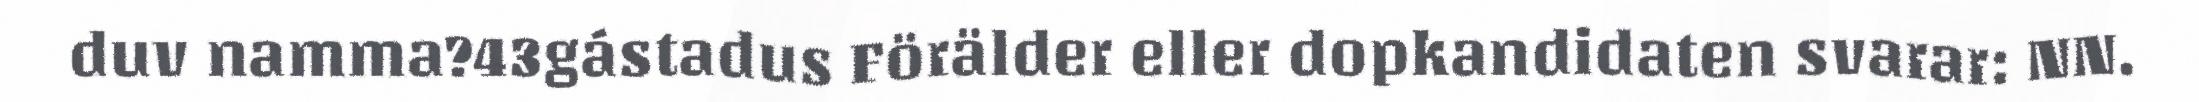
duv namma?43gástadus Förälder eller dopkandidaten svarar: NN.